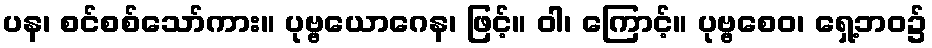
ပန၊ စင်စစ်သော်ကား။ ပုဗ္ဗယောဂေန၊ ဖြင့်။ ဝါ၊ ကြောင့်။ ပုဗ္ဗစေဝ၊ ရှေ့ဘဝ၌